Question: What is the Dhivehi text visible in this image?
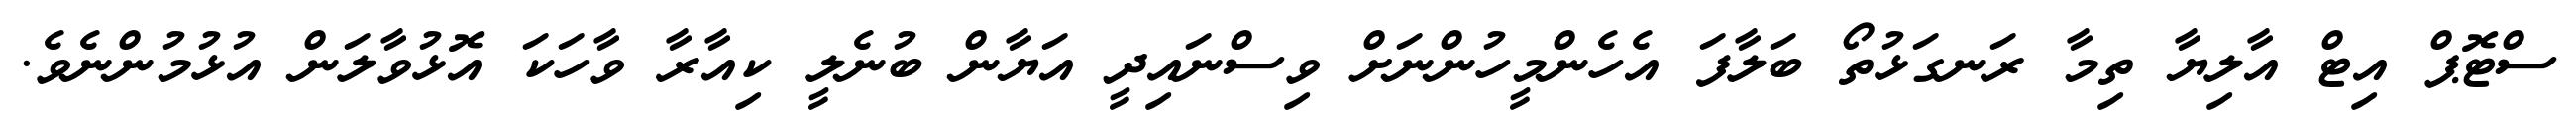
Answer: ސްޓޮޕް އިޓް އާލިޔާ ތިމާ ރަނގަޅުތޯ ބަލާފަ އެހެންމީހުންނަށް ވިސްނައިދީ އަޔާން ބުނެލީ ކިއާރާ ވާހަކަ އޮޅުވާލަން އުޅުމުންނެވެ.